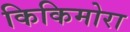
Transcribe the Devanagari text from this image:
किकिमोरा